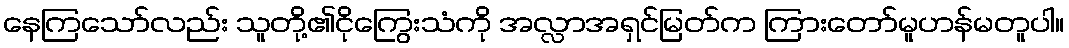
နေကြသော်လည်း သူတို့၏ငိုကြွေးသံကို အလ္လာအရှင်မြတ်က ကြားတော်မူဟန်မတူပါ။